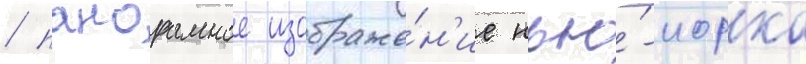
/ панорамное изображе́н'ие нью́-иорка